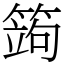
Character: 䈮